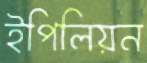
ইপিলিয়ন